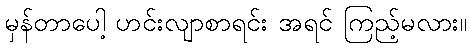
မှန်တာပေါ့ ဟင်းလျာစာရင်း အရင် ကြည့်မလား။